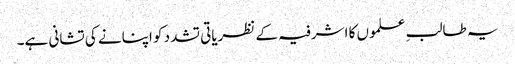
یہ طالبِ علموں کا اشرفیہ کے نظریاتی تشدد کو اپنانے کی تشانی ہے۔